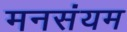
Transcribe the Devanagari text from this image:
मनसंयम